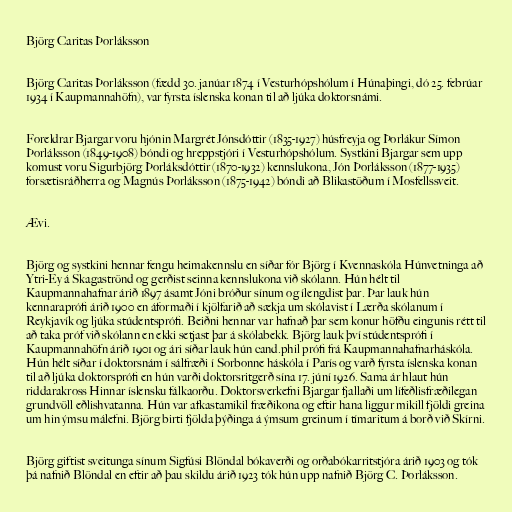
Björg Caritas Þorláksson

Björg Caritas Þorláksson (fædd 30. janúar 1874 í Vesturhópshólum í Húnaþingi, dó 25. febrúar
1934 í Kaupmannahöfn), var fyrsta íslenska konan til að ljúka doktorsnámi.

Foreldrar Bjargar voru hjónin Margrét Jónsdóttir (1835-1927) húsfreyja og Þorlákur Símon
Þorláksson (1849-1908) bóndi og hreppstjóri í Vesturhópshólum. Systkini Bjargar sem upp
komust voru Sigurbjörg Þorláksdóttir (1870-1932) kennslukona, Jón Þorláksson (1877-1935)
forsætisráðherra og Magnús Þorláksson (1875-1942) bóndi að Blikastöðum í Mosfellssveit.

Ævi.

Björg og systkini hennar fengu heimakennslu en síðar fór Björg í Kvennaskóla Húnvetninga að
Ytri-Ey á Skagaströnd og gerðist seinna kennslukona við skólann. Hún hélt til
Kaupmannahafnar árið 1897 ásamt Jóni bróður sínum og ílengdist þar. Þar lauk hún
kennaraprófi árið 1900 en áformaði í kjölfarið að sækja um skólavist í Lærða skólanum í
Reykjavík og ljúka stúdentsprófi. Beiðni hennar var hafnað þar sem konur höfðu eingunis rétt til
að taka próf við skólann en ekki setjast þar á skólabekk. Björg lauk því stúdentsprófi í
Kaupmannahöfn árið 1901 og ári síðar lauk hún cand.phil prófi frá Kaupmannahafnarháskóla.
Hún hélt síðar í doktorsnám í sálfræði í Sorbonne háskóla í París og varð fyrsta íslenska konan
til að ljúka doktorsprófi en hún varði doktorsritgerð sína 17. júní 1926. Sama ár hlaut hún
riddarakross Hinnar íslensku fálkaorðu. Doktorsverkefni Bjargar fjallaði um lífeðlisfræðilegan
grundvöll eðlishvatanna. Hún var afkastamikil fræðikona og eftir hana liggur mikill fjöldi greina
um hin ýmsu málefni. Björg birti fjölda þýðinga á ýmsum greinum í tímaritum á borð við Skírni.

Björg giftist sveitunga sínum Sigfúsi Blöndal bókaverði og orðabókarritstjóra árið 1903 og tók
þá nafnið Blöndal en eftir að þau skildu árið 1923 tók hún upp nafnið Björg C. Þorláksson.